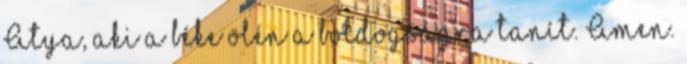
Atya, aki a béke ölén a boldogságra tanít. Amen.